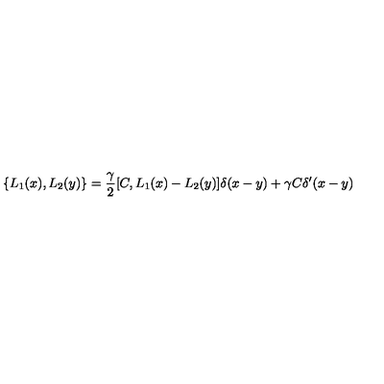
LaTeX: \{ L _ { 1 } ( x ) , L _ { 2 } ( y ) \} = \frac { \gamma } { 2 } [ C , L _ { 1 } ( x ) - L _ { 2 } ( y ) ] \delta ( x - y ) + \gamma C \delta ^ { \prime } ( x - y )